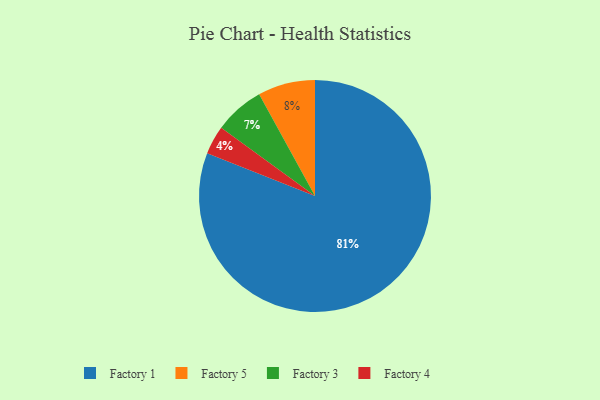
{"axis": {"x": "Category", "y": "Percentage"}, "legend": ["Factory 1", "Factory 3", "Factory 4", "Factory 5"], "data": [{"x": "Factory 4", "y": 4, "type": "Factory 4"}, {"x": "Factory 5", "y": 8, "type": "Factory 5"}, {"x": "Factory 1", "y": 81, "type": "Factory 1"}, {"x": "Factory 3", "y": 7, "type": "Factory 3"}]}